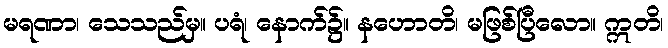
မရဏာ၊ သေသည်မှ။ ပရံ၊ နောက်၌။ နဟောတိ၊ မဖြစ်ပြီလော။ ဣတိ၊